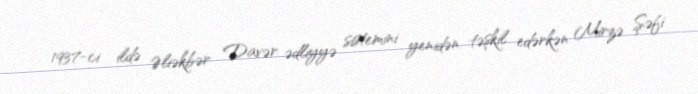
1937-ci ildə Əliəkbər Davər ədliyyə sistemini yenidən təşkil edərkən Mirzə Şəfi